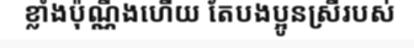
ខ្លាំងប៉ុណ្ណឹងហើយ តែបងប្អូនស្រីរបស់